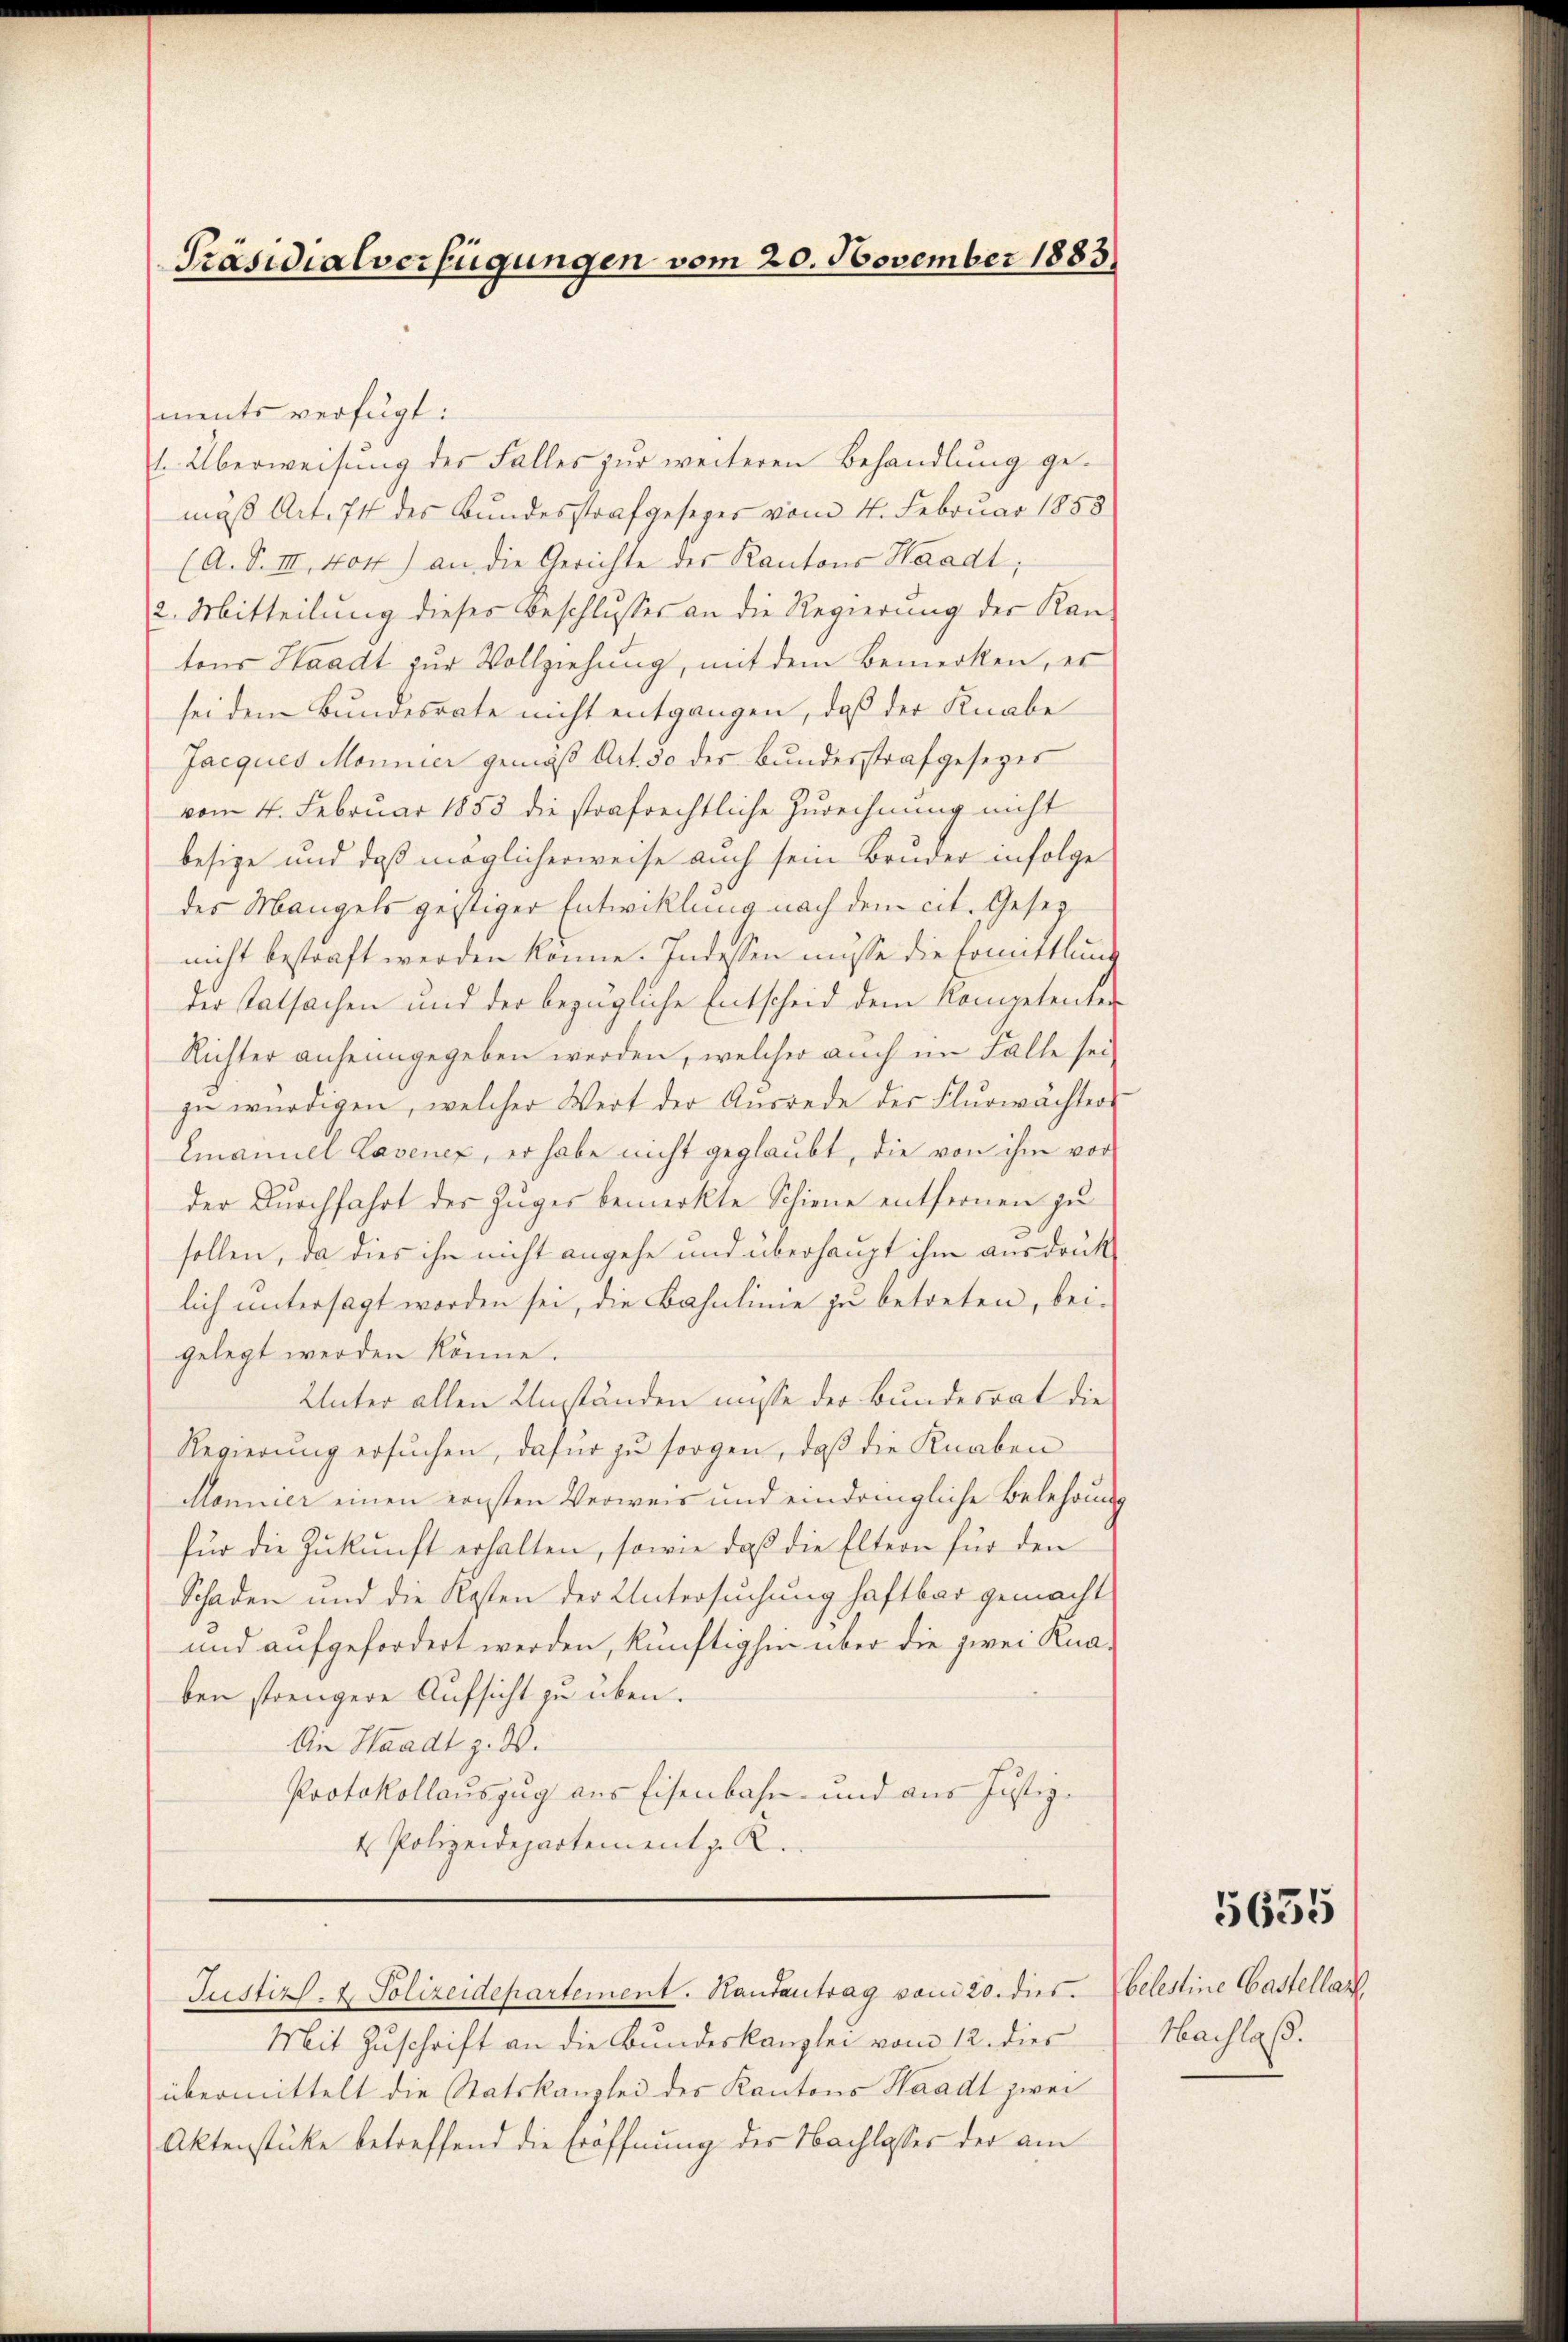
Präsidialverfügungen vom 20. November 1883

ments verfügt:
1. Überweisung der Falles zur weiteren Behandlung gemäß Art. 74 des Bundesstrafgesezes vom 4. Februar 1858
(A. S. III 404) an die Gerichte des Kantons Waadt,
2. Mitteilung dieses Beschlusses an die Regierung der Kan-
tons Waadt zur Vollziehung, mit dem Bemerken, er
sei dem Bundesrate nicht entgangen, daß der Knabe
Jacques Monnier gemäß Art. 50 der Bundesstrafgesezes
vom 4. Februar 1853 die strafrechtliche Zurechnung nicht
besize und daß möglicherweise auch sein Bruder infolge
des Mangels geistiger Entwicklung nach dem cit. Gesez
nicht bestraft werden könne. Indessen müsse die Komittlung
der statsachen und der bezügliche Entscheid dem Kompetenter
Richter anheimgegeben werden, welcher auch im Falle sei
zu würdigen, welcher Wert der Aŭsrede der Flurwächters
Emanuel Lavenez, er habe nicht geglaubt, die von ihm vor
der Durchfahrt des Zuges bemerkte Schiene entfernen zu
sollen, da dies ihn nicht angehe und überhaupt ihm ausdrucklich untersagt worden sei, die Bahnlinie zu betreten, bei-
gelegt werden könne.
Unter allen Umständen müsse der Bundesrat die
Regierung ersuchen, dafür zu sorgen, daß die Knaben
Monnier einen konsten Verweis und eindringliche Belehrung
für die Zukunft erhalten, sowie daß die Eltern für den
Schaden und die Kosten der Untersuchung haftbar gemacht
und aufgefordert werden, künftighin über die zwei Knaben strengere Aufsicht zu üben.
An Waadt z. B.
Protokollauszug aus Eisenbahn- und aus Justiz-
4 Polizeidepartement z. R.

Mit Zuschrift an die Bundeskanzlei vom 12. dies
übermittelt die Statskanzlei des Kantons Waadt zwei
Aktenstücke betreffend die Eröffnung der Nachlasses der am

Justiz- & Polizeidepartement. Handantrag vom 20. dies

5635

belestine Castellar
Nachlaß.